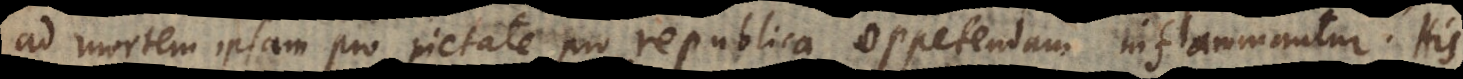
ad mortem ipsam pro pietate, pro republica oppetendam inflammantur. His